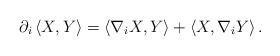
LaTeX: \begin{align*}\partial_{i}\left<X,Y\right>=\left<\nabla_{i}X,Y\right> + \left<X,\nabla_{i}Y\right>.\end{align*}